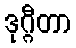
ဒုဂ္ဂီတာ